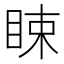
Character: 䀳